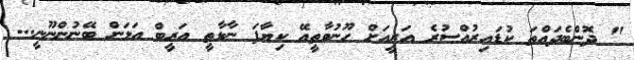
" ދޮންބެދައްތަ ކުޑައިރުއްސުރެ އަރީއަށް ހޫނުވާތީއޭ ކިޔާފަ ނާޅާތީ އަރީބް އަޅަން ބޭނުންނޫނީ...